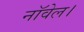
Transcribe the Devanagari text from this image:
नाॅवेल।